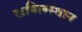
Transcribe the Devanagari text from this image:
कपिलस्थान